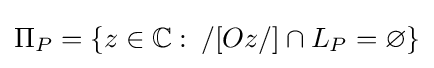
\Pi _{P}=\{z\in \mathbb {C} \,\colon \,/[Oz/]\cap L_{P}=\varnothing \}